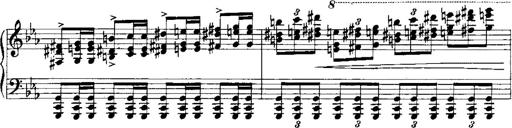
Title: RÃ©miniscences de Norma de Bellini
Composer: Franz Liszt